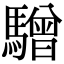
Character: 驓